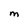
Character: M